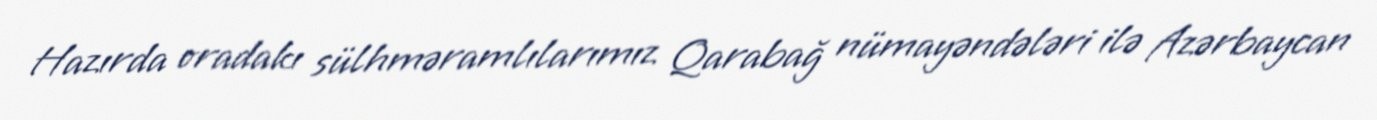
Hazırda oradakı sülhməramlılarımız Qarabağ nümayəndələri ilə Azərbaycan